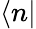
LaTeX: \langle n|